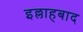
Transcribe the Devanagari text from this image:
इल्लाहबाद